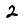
Digit: 2